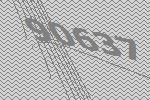
90637